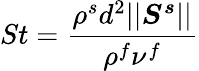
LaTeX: St=\frac{\rho^{s}d^{2}\vert\vert\boldsymbol{S^{s}}\vert\vert}{\rho^{f}\nu^{f}}